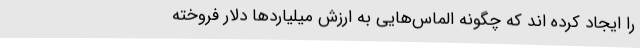
را ایجاد کرده اند که چگونه الماس‌هایی به ارزش میلیاردها دلار فروخته